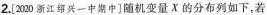
2.[2020浙江绍兴一中期中]随机变量X的分布列如下，若